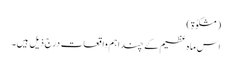
(مشکوٰۃ)
اس ماہ عظیم کے چند اہم واقعات درج ذیل ہیں۔